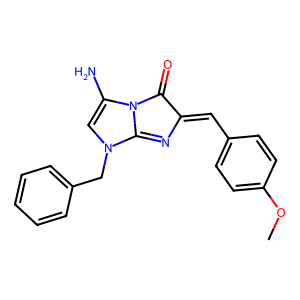
SMILES: COc1ccc(C=C2N=C3N(Cc4ccccc4)C=C(N)N3C2=O)cc1
Inhibits HIV replication: No